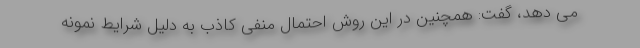
می دهد، گفت: همچنین در این روش احتمال منفی کاذب به دلیل شرایط نمونه